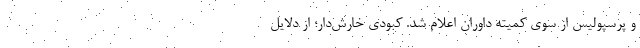
و پرسپولیس از سوی کمیته داوران اعلام شد. کبودی خارش‌دار؛ از دلایل